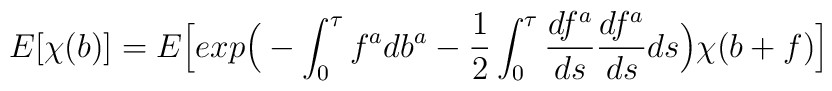
E[\chi(b)]=E\Big[exp\Big(-\int_{0}^{\tau}f^{a}db^{a}-  \frac{1}{2} \int_{0}^{\tau}\frac{df^{a}}{ds}\frac{df^{a}}{ds} ds\Big)\chi(b+f)\Big]